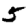
Digit: 5